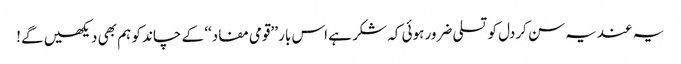
یہ عندیہ سن کردل کو تسلی ضرور ہوئی کہ شکر ہے اس بار ’’قومی مفاد‘‘ کے چاند کو ہم بھی دیکھیں گے!